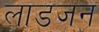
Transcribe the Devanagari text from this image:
लाडजन